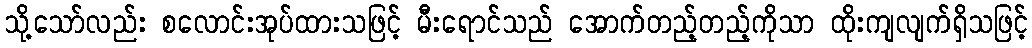
သို့သော်လည်း စလောင်းအုပ်ထားသဖြင့် မီးရောင်သည် အောက်တည့်တည့်ကိုသာ ထိုးကျလျက်ရှိသဖြင့်